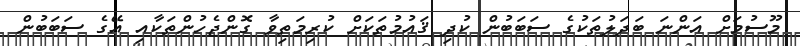
މޫސުމަށް އަންނަ ބަދަލުތަކުގެ ސަބަބުން ކުދި ޤައުމުތަކަށް ކުރިމަތިވާ ގޮންޖެހުންތަކާއި އޭގެ ސަބަބުން